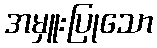
အမှူးပြုသော